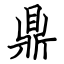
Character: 鼎